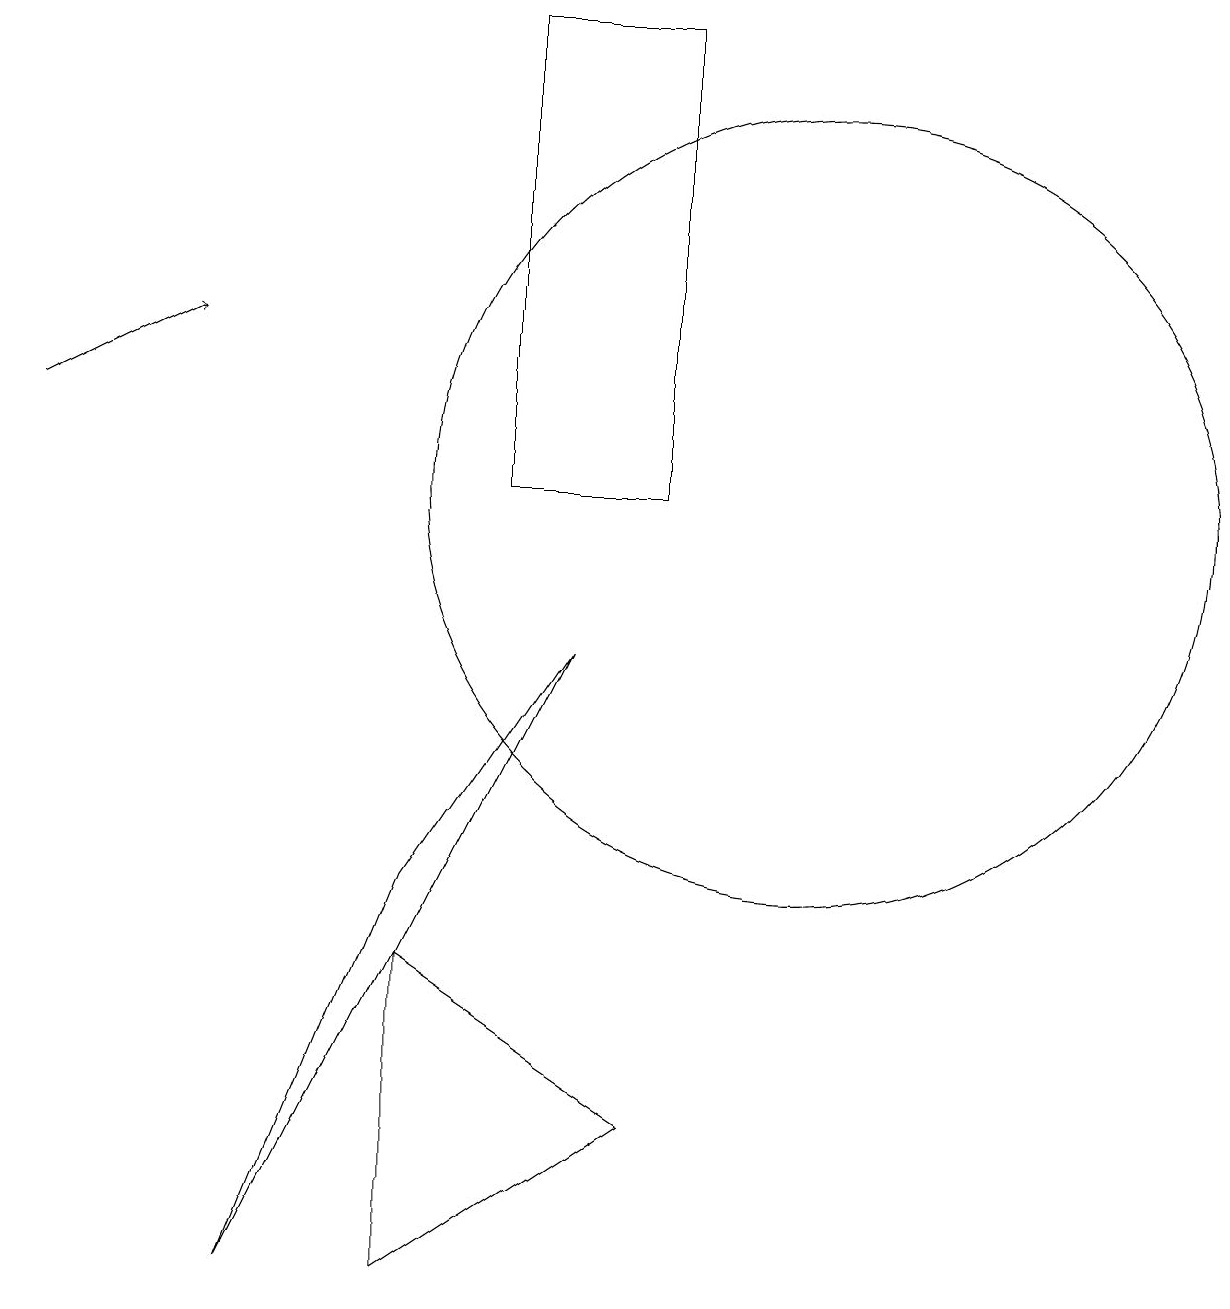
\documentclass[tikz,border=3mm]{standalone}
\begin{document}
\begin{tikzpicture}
\draw (6,5) -- (6,1) -- (9,3) -- cycle;
\draw (6,6) -- (8,9) -- (4,1) -- cycle;
\draw (7,17) rectangle (9,11);
\draw[->] (1,12) -- (3,13);
\draw (11,11) circle (5);
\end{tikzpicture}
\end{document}